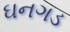
ઘનગડ